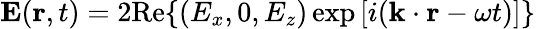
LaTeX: \mathbf{E}(\mathbf{r},t)=2\mathrm{Re}\{ (E_{x},0,E_{z})\exp{[i(\mathbf{k}\cdot\mathbf{r}-\omega t)]}\}